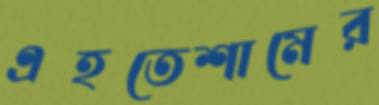
এহতেশামের